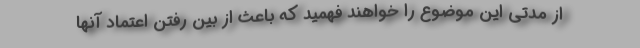
از مدتی این موضوع را خواهند فهمید که باعث از بین رفتن اعتماد آنها